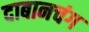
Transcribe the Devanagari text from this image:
दाबानचंग